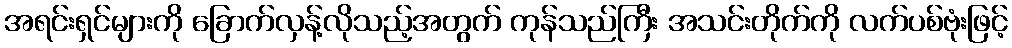
အရင်းရှင်များကို ခြောက်လှန့်လိုသည့်အတွက် ကုန်သည်ကြီး အသင်းတိုက်ကို လက်ပစ်ဗုံးဖြင့်